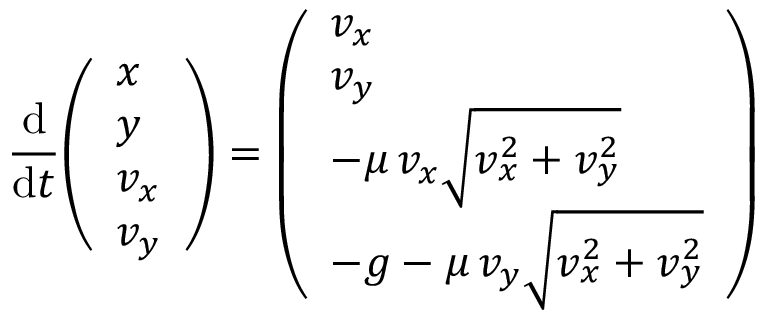
{ \frac { \mathrm { d } } { \mathrm { d } t } } { \left( \begin{array} { l } { x } \\ { y } \\ { v _ { x } } \\ { v _ { y } } \end{array} \right) } = { \left( \begin{array} { l } { v _ { x } } \\ { v _ { y } } \\ { - \mu \, v _ { x } { \sqrt { v _ { x } ^ { 2 } + v _ { y } ^ { 2 } } } } \\ { - g - \mu \, v _ { y } { \sqrt { v _ { x } ^ { 2 } + v _ { y } ^ { 2 } } } } \end{array} \right) }